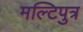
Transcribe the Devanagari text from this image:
मल्टिपुत्र